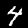
Label: 4